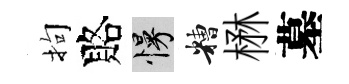
拘賂慢糟楙墓